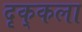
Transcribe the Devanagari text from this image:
दृक्‌कला